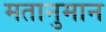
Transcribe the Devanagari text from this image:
मतानुमान